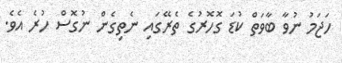
ހަޖަމު ނުވާ ބާވަތް ކުޑަ ގޮހޮރުގެ ތެރޭގައި ނެތިގެން ނުގޮސް ހުރެ އެވެ.